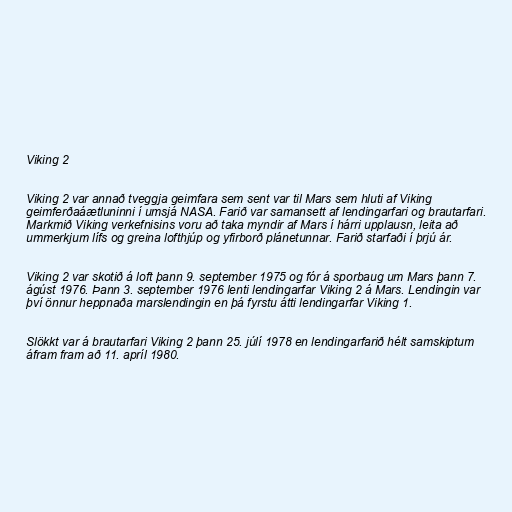
Viking 2

Viking 2 var annað tveggja geimfara sem sent var til Mars sem hluti af Viking
geimferðaáætluninni í umsjá NASA. Farið var samansett af lendingarfari og brautarfari.
Markmið Viking verkefnisins voru að taka myndir af Mars í hárri upplausn, leita að
ummerkjum lífs og greina lofthjúp og yfirborð plánetunnar. Farið starfaði í þrjú ár.

Viking 2 var skotið á loft þann 9. september 1975 og fór á sporbaug um Mars þann 7.
ágúst 1976. Þann 3. september 1976 lenti lendingarfar Viking 2 á Mars. Lendingin var
því önnur heppnaða marslendingin en þá fyrstu átti lendingarfar Viking 1.

Slökkt var á brautarfari Viking 2 þann 25. júlí 1978 en lendingarfarið hélt samskiptum
áfram fram að 11. apríl 1980.